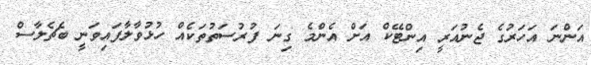
އަންނަ އަހަރުގެ ޖެނުއަރީ އިންޓޭކް އަށް އެންމެ ގިނަ ފުރުސަތުތަކެއް ހުޅުވާލާފައިވަނީ ބެޗެލާސް